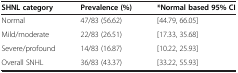
<table><thead><tr><td><b>SHNL category</b></td><td><b>Prevalence (%)</b></td><td><b>*Normal based 95%CI</b></td></tr></thead><tbody><tr><td>Normal</td><td>47/83 (56.62)</td><td>[44.79, 66.05]</td></tr><tr><td>Mild/moderate</td><td>22/83 (26.51)</td><td>[17.33, 35.68]</td></tr><tr><td>Severe/profound</td><td>14/83 (16.87)</td><td>[10.22, 25.93]</td></tr><tr><td>Overall SNHL</td><td>36/83 (43.37)</td><td>[33.22, 55.93]</td></tr></tbody></table>